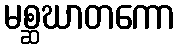
မစ္ဆဃာတကော